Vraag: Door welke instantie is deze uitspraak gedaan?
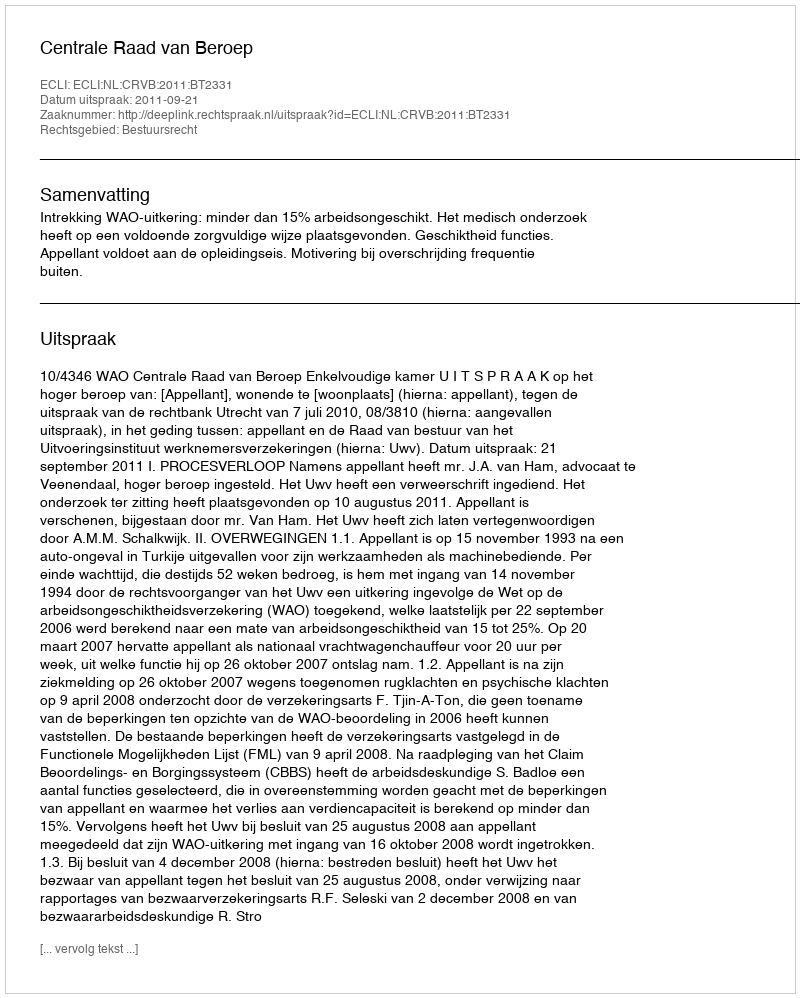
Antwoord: Centrale Raad van Beroep